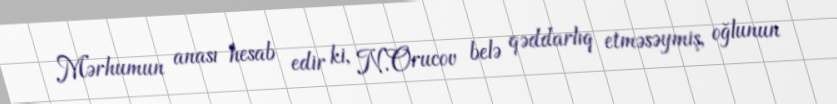
Mərhumun anası hesab edir ki, N.Orucov belə qəddarlıq etməsəymiş, oğlunun